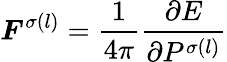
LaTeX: \boldsymbol{F}^{\sigma(l)}=\frac{1}{4\pi}\frac{\partial E}{\partial P^{\sigma(l)}}